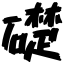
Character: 礎